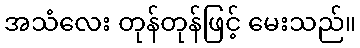
အသံလေး တုန်တုန်ဖြင့် မေးသည်။